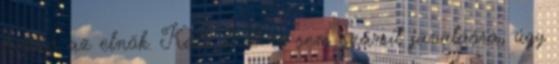
hozzá az elnök. Kató 2011-re sem számít javulásra, úgy